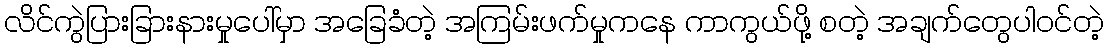
လိင်ကွဲပြားခြားနားမှုပေါ်မှာ အခြေခံတဲ့ အကြမ်းဖက်မှုကနေ ကာကွယ်ဖို့ စတဲ့ အချက်တွေပါဝင်တဲ့